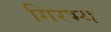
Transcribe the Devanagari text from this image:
गिरभ्य